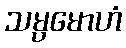
သမ္ပမောဟံ